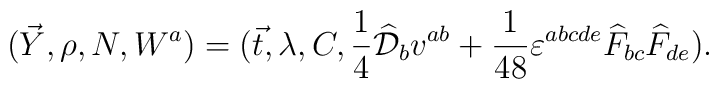
(\vec{Y},\rho,N, W^a)=(\vec{t},\lambda, C, \frac{1}{4}\widehat{\cal D}_bv^{ab}+\frac{1}{48}\varepsilon^{abcde}\widehat{F}_{bc}\widehat{F}_{de}).